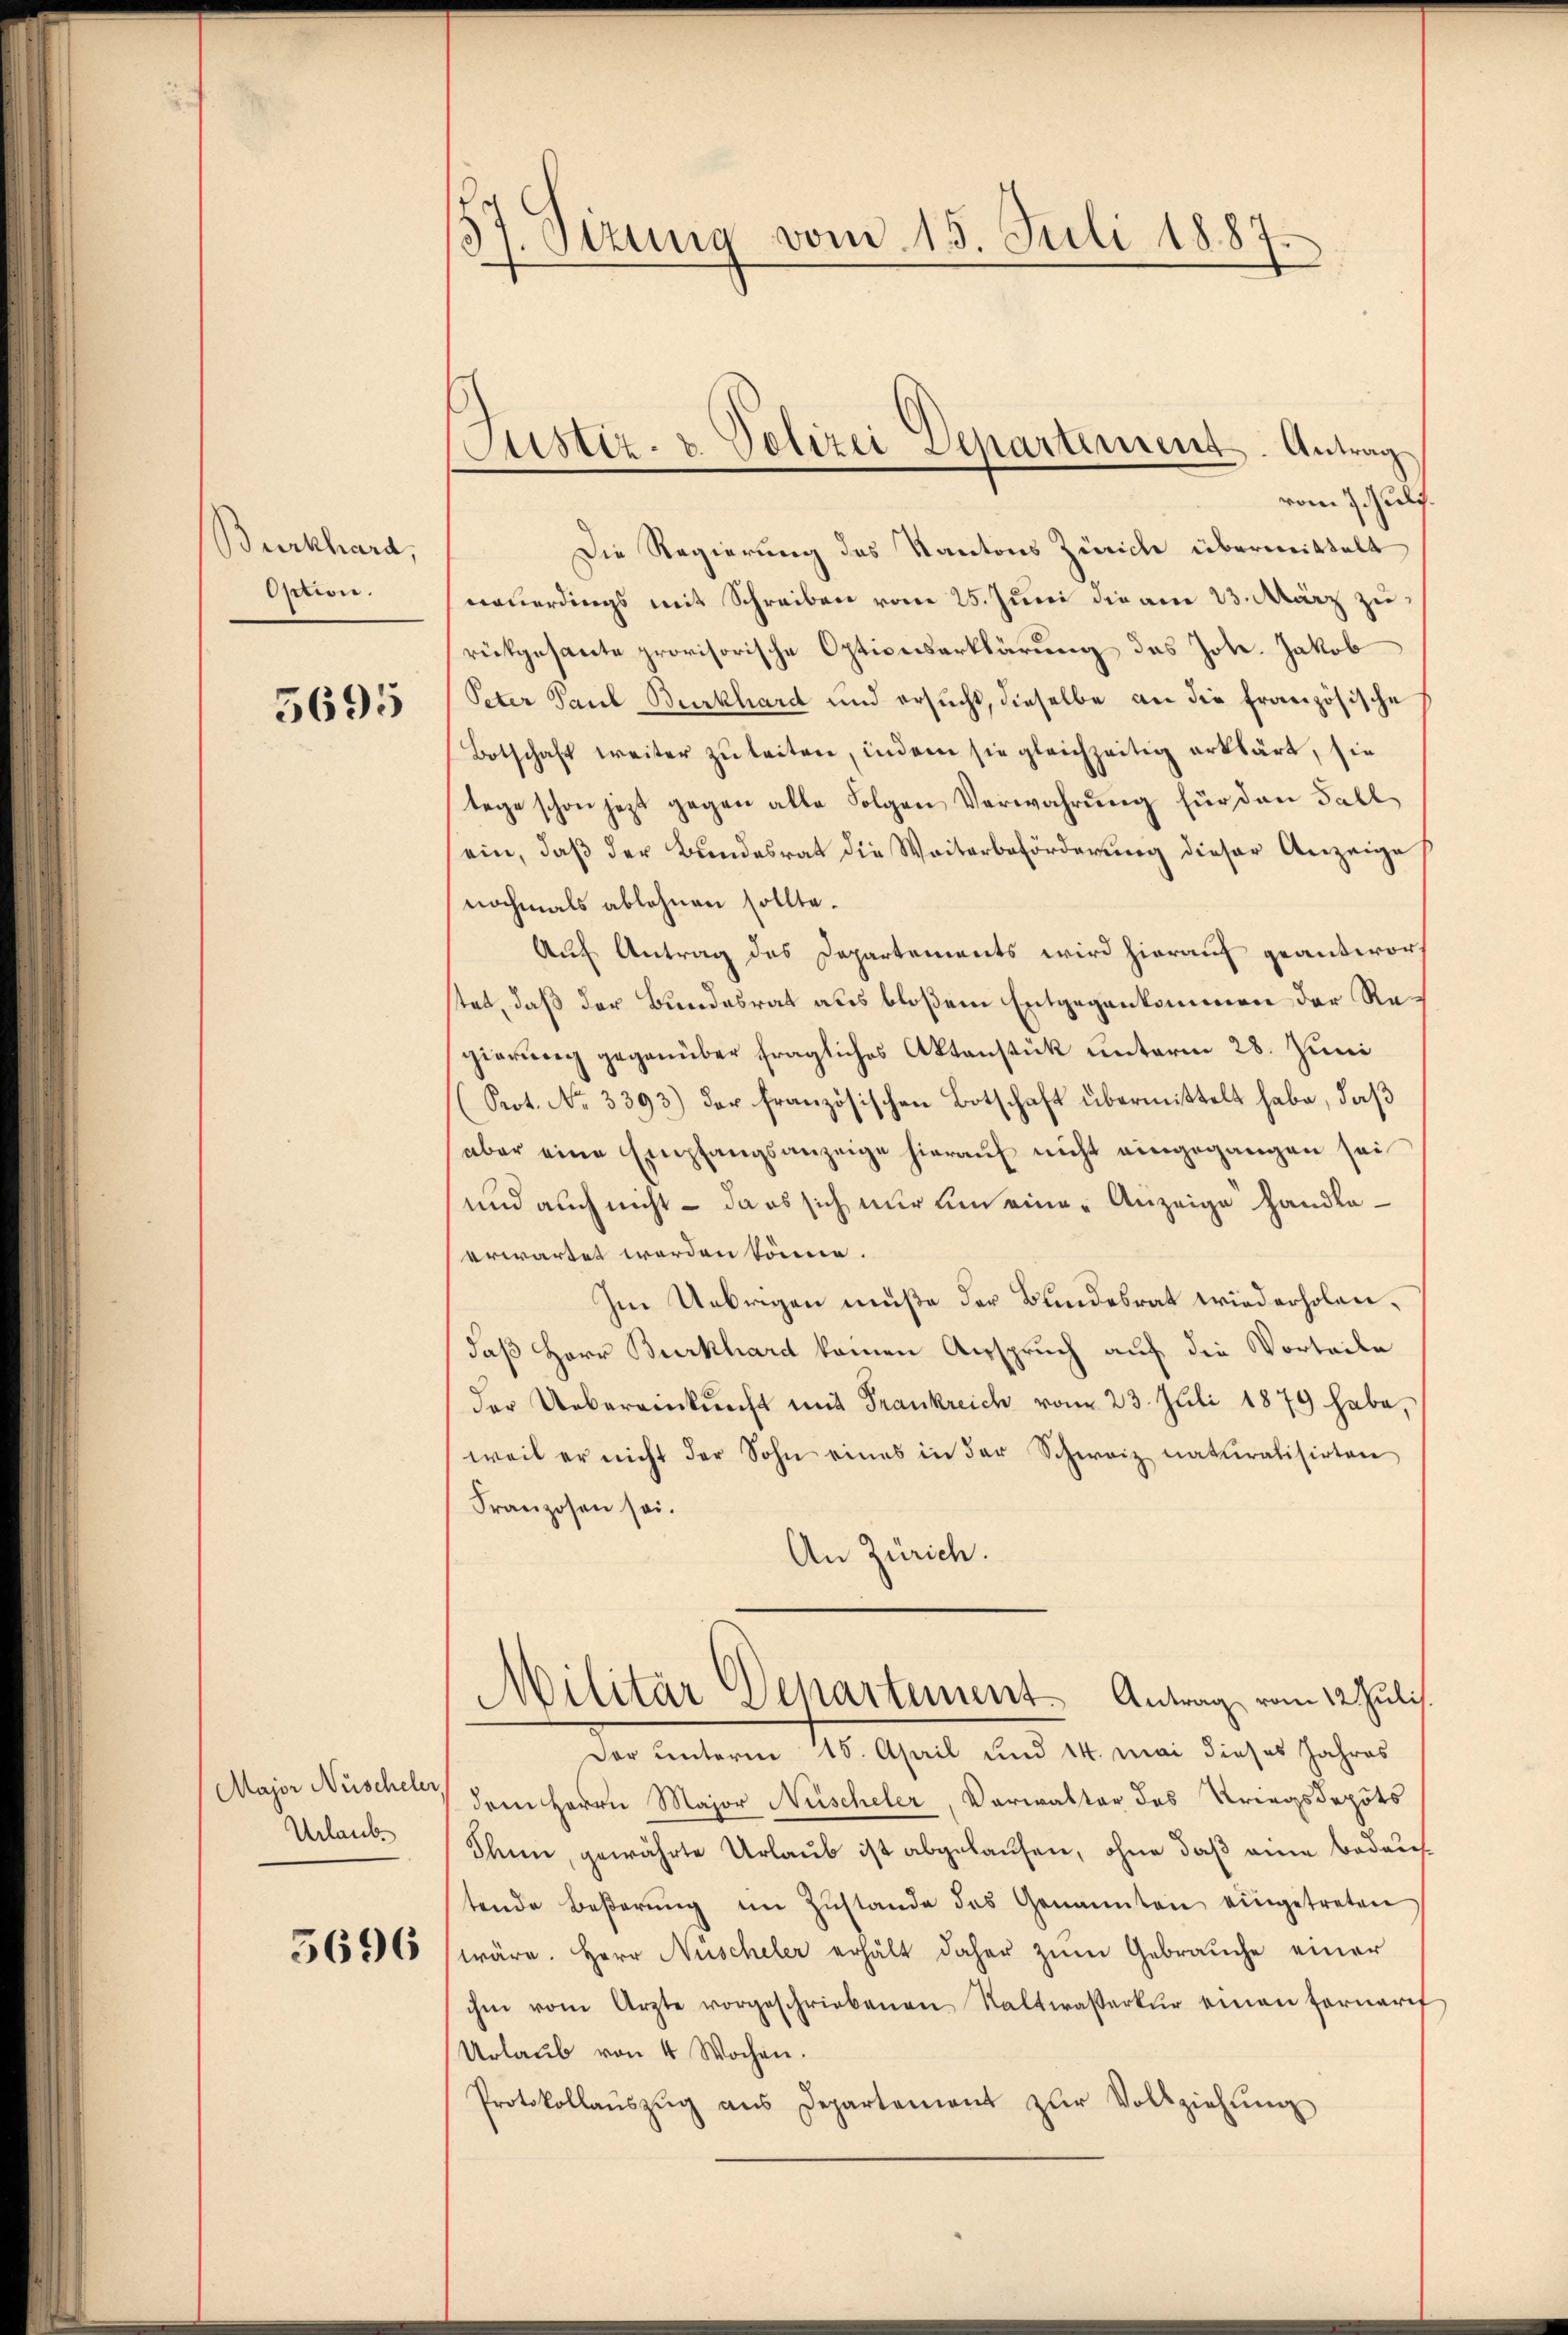
Burkhard,
Option.

5695

Major Nüscheler
Urlaub¬

5696

57. Sizung vom 15. Juli 1887
.
d

Justiz- u. Polizei Departement. Antrag

vom 7 Juli.
Die Regierung des Kantons Zürich übermittelt
nauerdings mit Schreiben vom 25. Juni die am 23. März zu
rückgesante provisorische Optionserklärung des Joh. Jakob
Peter Paul Burkhard und ersŭcht, dieselbe an die französische
Botschaft weiter zŭ leiten, indem sie gleichzeitig erklärt, sie
tage schon jetzt gegen alle Folgen Verwahrung für den Fall
ein, daß der Bundesrat die Weiterbeförderung dieser Anzeige
nochmals ablehnen sollte.
Auf Antrag des Departements wird hierauf geantworf
stet, daß der Bundesrat aus bloßem Entgegenkommen der Regierung gegenüber fragliches Aktenstück unterm 28. Juni
(Prot. No. 3393) der französischen Botschaft übermittelt habe, daß
(aber eine Empfangsanzeige hierauf nicht eingegangen sei
und auch nicht – da es sich nur um eine Anzeige handleerwartet werden könne.
Im Uebrigen müße der Bundesrat wiederholen,
daß Herr Burkhard keinen Anspruch auf die Vorteile
der Uebereinkunft mit Frankreich vom 23. Juli 1879 habe,
weil er nicht der Sohn eines in der Schweiz naturalisirten
Franzosen sei.
An Zürich.
Militär Departement Antrag vom 12. Juli.
Der unterm 15. April und 14. Mai dieses Jahres
dem Herrn Major Nüscheler, Verwalter des Kriegsdepots
Thun, gewährte Urlaŭb ist abgelaŭfen, ohne daβ eine bedauf
tende Beßerŭng im Zŭstande das Genannten eingetreten
wäre. Herr Auscheler erhält daher zŭm Gebrauche einer
ihm vom Arzte vorgeschriebenen Kaltwasserkŭr einen Fornarif
Urlaub von 4 Wochen.
Protokollaŭszŭg aŭs Departement zŭr Vollziehŭng